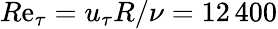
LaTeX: R\mathrm{e}_{\tau}=u_{\tau}R/\nu=12\, 400